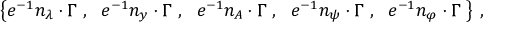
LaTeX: \begin{array} { l } { { \left\{ e ^ { - 1 } n _ { \lambda } \cdot \Gamma ~ , ~ ~ e ^ { - 1 } n _ { y } \cdot \Gamma ~ , ~ ~ e ^ { - 1 } n _ { A } \cdot \Gamma ~ , ~ ~ e ^ { - 1 } n _ { \psi } \cdot \Gamma ~ , ~ ~ e ^ { - 1 } n _ { \varphi } \cdot \Gamma ~ \right\} \, , } } \end{array}